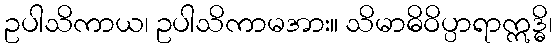
ဥပါသိကာယ၊ ဥပါသိကာမအား။ သိမာဓိဝိပ္ပာရာဣဒ္ဓိ၊